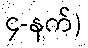
၄-နက်)